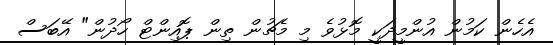
އެހެން ކަމުން އުންމީދަކީ މޮޅުވެ މި މެޗުން ތިން ޕޮއިންޓް ހޯދުން" އޭބަސް